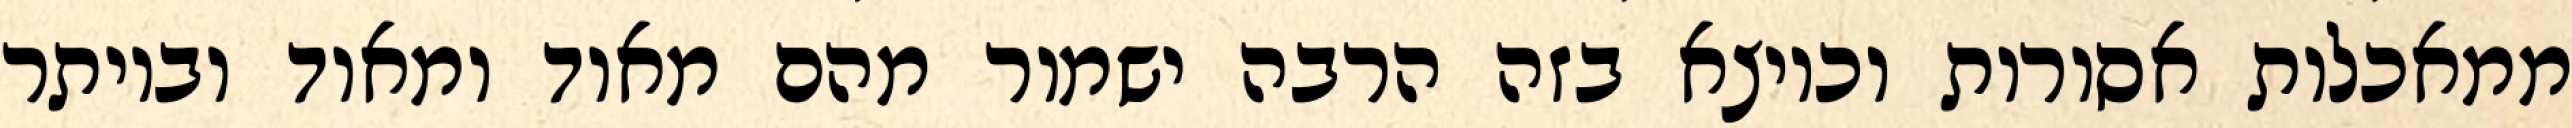
ממאכלות אסורות וכיוצא בזה הרבה ישמור מהם מאוד ומאוד וביותר